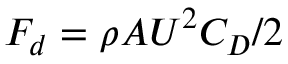
F _ { d } = \rho A U ^ { 2 } C _ { D } / 2